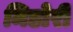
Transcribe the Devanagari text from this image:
मिडोरी